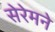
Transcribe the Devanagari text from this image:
सेरेमने